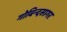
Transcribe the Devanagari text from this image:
गोबिन्‍दसागर